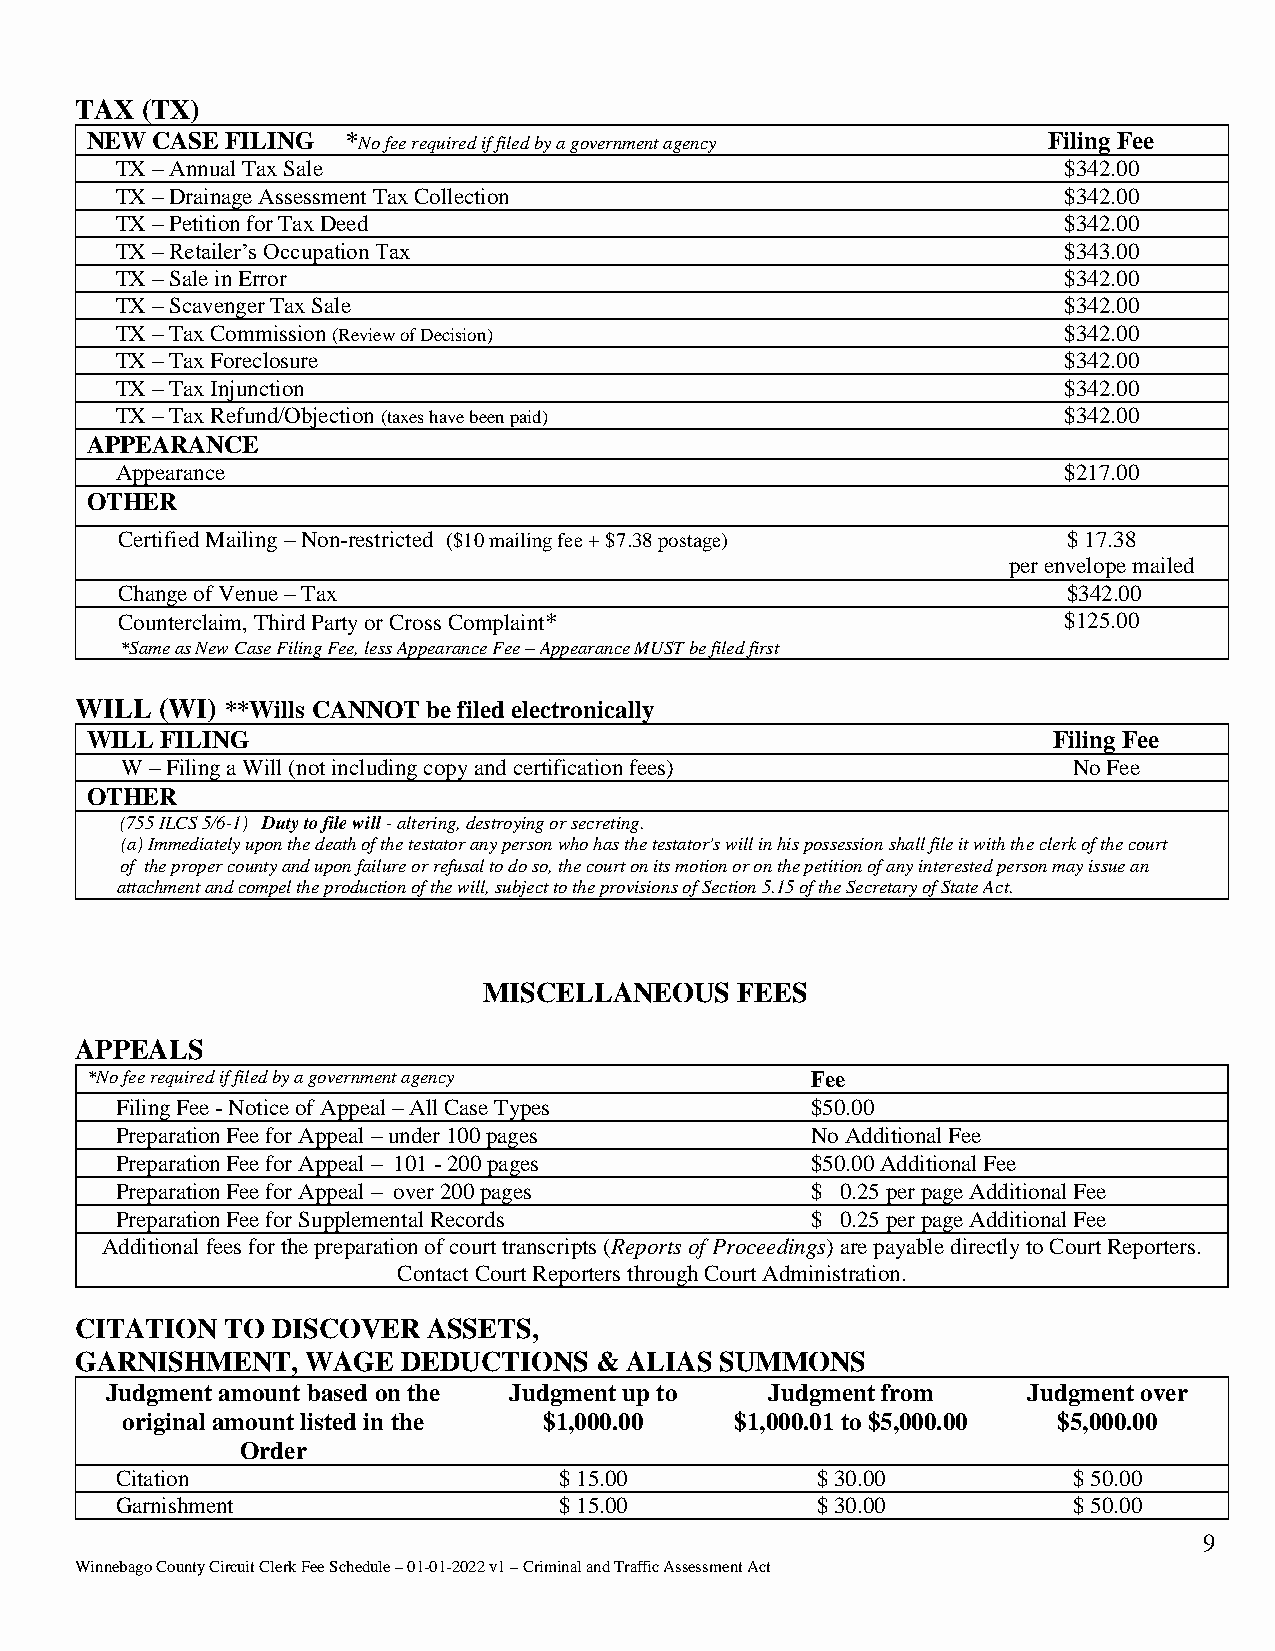
TAX (TX)
 NEW CASE FILING  *No fee required if filed by a government agency Filing Fee
 TX – Annual Tax Sale                                          $342.00
 TX – Drainage Assessment Tax Collection                       $342.00
 TX – Petition for Tax Deed                                    $342.00
 TX – Retailer’s Occupation Tax                                $343.00
 TX – Sale in Error                                            $342.00
 TX – Scavenger Tax Sale                                       $342.00
 TX – Tax Commission (Review of Decision)                      $342.00
 TX – Tax Foreclosure                                          $342.00
 TX – Tax Injunction                                           $342.00
 TX – Tax Refund/Objection (taxes have been paid)              $342.00
 APPEARANCE
 Appearance                                                    $217.00
 OTHER
 Certified Mailing – Non-restricted ($10 mailing fee + $7.38 postage) $ 17.38
 per envelope mailed
 Change of Venue – Tax                                          $342.00
 Counterclaim, Third Party or Cross Complaint*                 $125.00
 *Same as New Case Filing Fee, less Appearance Fee – Appearance MUST be filed first
 WILL  (WI) **Wills CANNOT be filed electronically
 WILL FILING                                                     Filing Fee
 W – Filing a Will (not including copy and certification fees)  No Fee
 OTHER
 (755 ILCS 5/6-1) Duty to file will - altering, destroying or secreting.
 (a) Immediately upon the death of the testator any person who has the testator's will in his possession shall file it with the clerk of the court
 of the proper county and upon failure or refusal to do so, the court on its motion or on the petition of any interested person may issue an
 attachment and compel the production of the will, subject to the provisions of Section 5.15 of the Secretary of State Act.
 MISCELLANEOUS    FEES
 APPEALS
 *No fee required if filed by a government agency Fee
 Filing Fee - Notice of Appeal – All Case Types $50.00
 Preparation Fee for Appeal – under 100 pages  No Additional Fee
 Preparation Fee for Appeal – 101 - 200 pages  $50.00 Additional Fee
 Preparation Fee for Appeal – over 200 pages   $ 0.25 per page Additional Fee
 Preparation Fee for Supplemental Records      $ 0.25 per page Additional Fee
 Additional fees for the preparation of court transcripts (Reports of Proceedings) are payable directly to Court Reporters.
 Contact Court Reporters through Court Administration.
 CITATION  TO DISCOVER  ASSETS,
 GARNISHMENT,   WAGE   DEDUCTIONS  & ALIAS  SUMMONS
 Judgment amount based on the Judgment up to Judgment from    Judgment over
 original amount listed in the $1,000.00  $1,000.01 to $5,000.00 $5,000.00
 Order
 Citation                     $ 15.00          $ 30.00          $ 50.00
 Garnishment                  $ 15.00          $ 30.00          $ 50.00
 9
 Winnebago County Circuit Clerk Fee Schedule – 01-01-2022 v1 – Criminal and Traffic Assessment Act